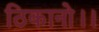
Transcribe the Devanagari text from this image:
ठिकानो।।